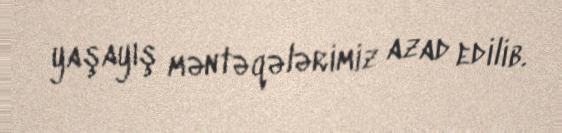
yaşayış məntəqələrimiz azad edilib.